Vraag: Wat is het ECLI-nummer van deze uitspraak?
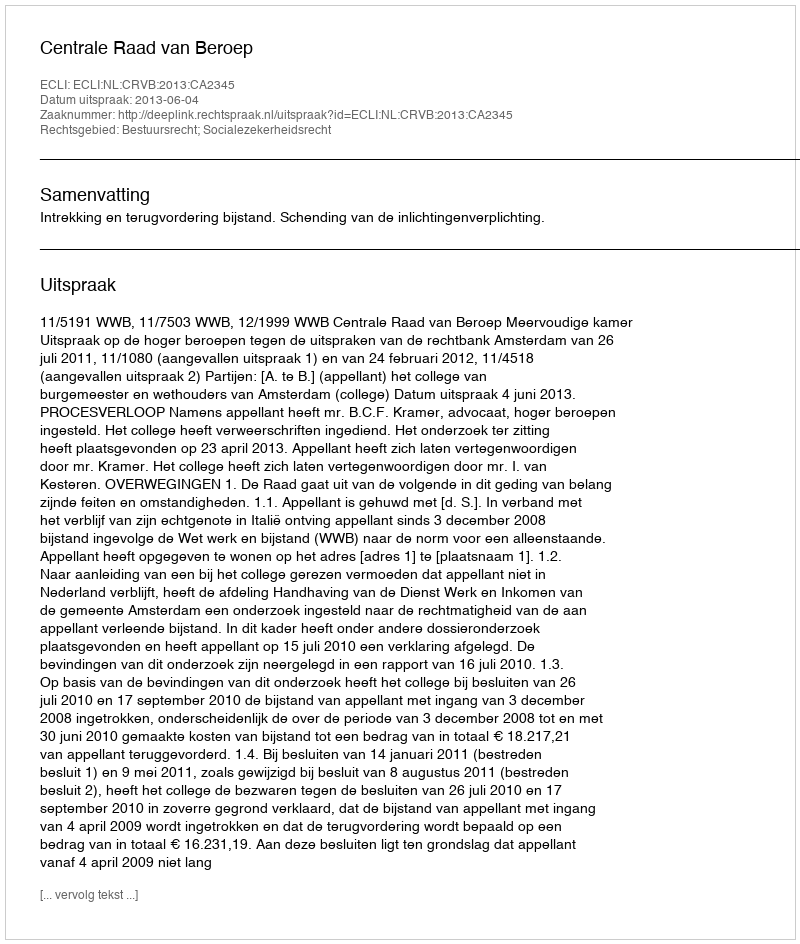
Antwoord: ECLI:NL:CRVB:2013:CA2345